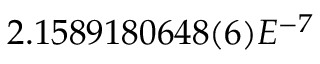
2 . 1 5 8 9 1 8 0 6 4 8 ( 6 ) E ^ { - 7 }